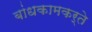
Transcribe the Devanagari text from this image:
बांधकामकर्ते